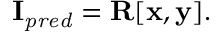
\mathbf { I } _ { \mathit { p r e d } } = \mathbf { R } [ \mathbf { x } , \mathbf { y } ] .